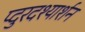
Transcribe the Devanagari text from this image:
प्दुरदश्यार्शन